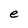
Character: e